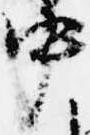
中